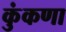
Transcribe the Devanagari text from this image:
कुंकणा